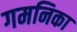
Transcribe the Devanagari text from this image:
गमनिका